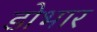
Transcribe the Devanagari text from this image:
डोभार